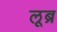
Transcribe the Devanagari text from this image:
लूब्र